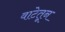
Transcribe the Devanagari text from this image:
वाटेतून